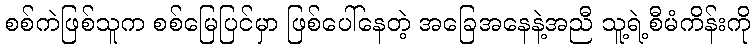
စစ်ကဲဖြစ်သူက စစ်မြေပြင်မှာ ဖြစ်ပေါ်နေတဲ့ အခြေအနေနဲ့အညီ သူ့ရဲ့စီမံကိန်းကို